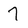
Character: 7